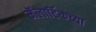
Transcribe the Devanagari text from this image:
मॅलार्टिकच्या